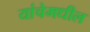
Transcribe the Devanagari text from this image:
यांचेमधील